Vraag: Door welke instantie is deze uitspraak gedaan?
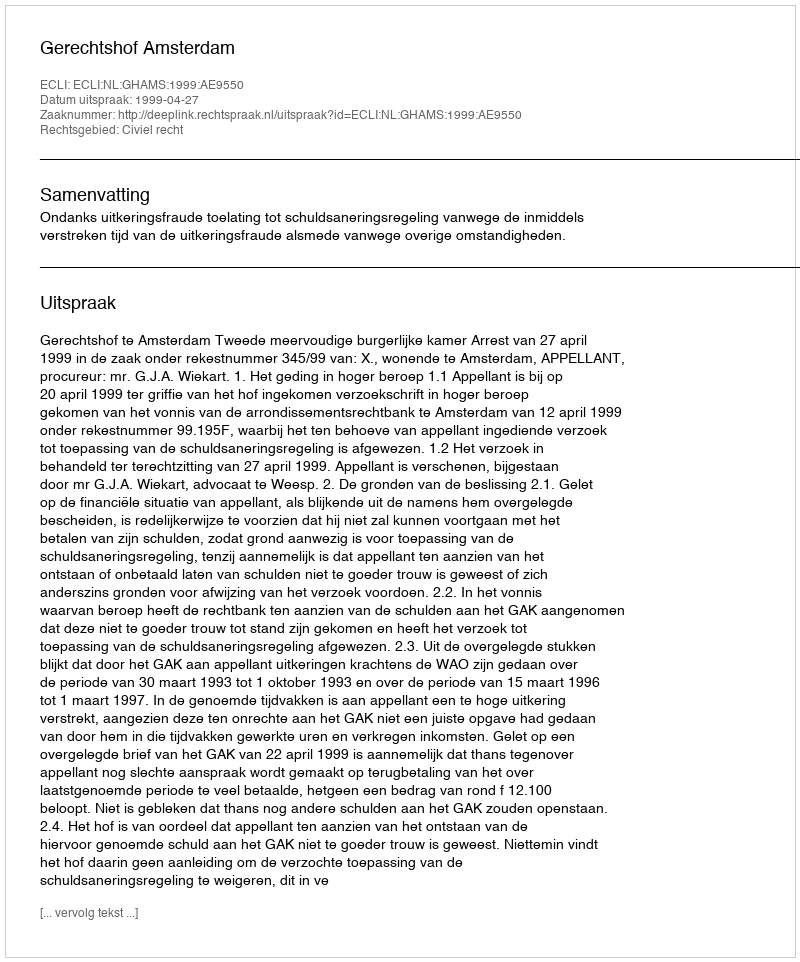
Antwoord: Gerechtshof Amsterdam